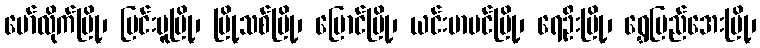
မော်လိုက်မြို့၊ မြင်းမူမြို့၊ မြို့သစ်မြို့၊ မြောင်မြို့၊ ယင်းမာပင်မြို့၊ ရေဦးမြို့၊ ရွှေပြည်အေးမြို့၊